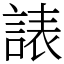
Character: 諘